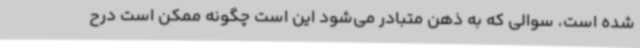
شده است، سوالی که به ذهن متبادر می‌شود این است چگونه ممکن است درح